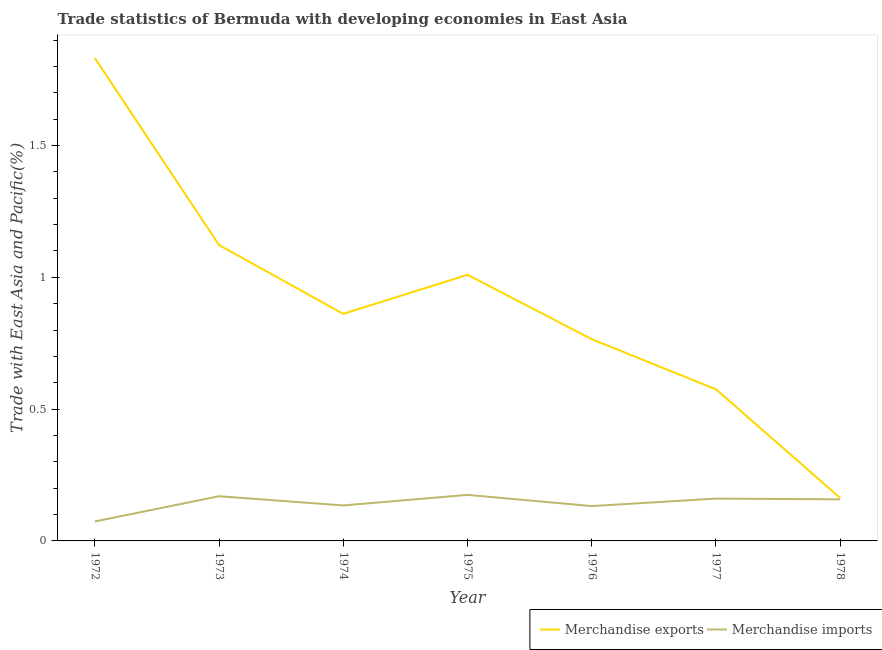
| Year | Merchandise exports | Merchandise imports |
 | --- | --- | --- |
 | 1972 | 1.83 | 0.0738 |
 | 1973 | 1.12 | 0.169 |
 | 1974 | 0.861 | 0.135 |
 | 1975 | 1.01 | 0.175 |
 | 1976 | 0.765 | 0.132 |
 | 1977 | 0.575 | 0.16 |
 | 1978 | 0.163 | 0.158 |